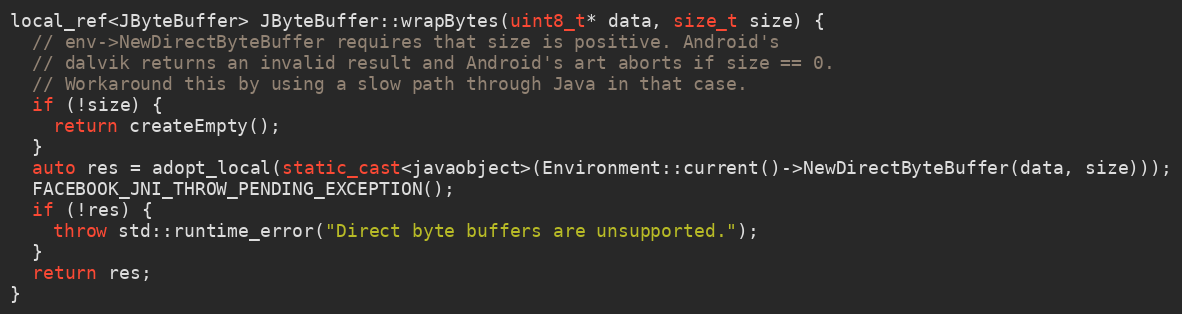
Language: C++
local_ref<JByteBuffer> JByteBuffer::wrapBytes(uint8_t* data, size_t size) {
  // env->NewDirectByteBuffer requires that size is positive. Android's
  // dalvik returns an invalid result and Android's art aborts if size == 0.
  // Workaround this by using a slow path through Java in that case.
  if (!size) {
    return createEmpty();
  }
  auto res = adopt_local(static_cast<javaobject>(Environment::current()->NewDirectByteBuffer(data, size)));
  FACEBOOK_JNI_THROW_PENDING_EXCEPTION();
  if (!res) {
    throw std::runtime_error("Direct byte buffers are unsupported.");
  }
  return res;
}